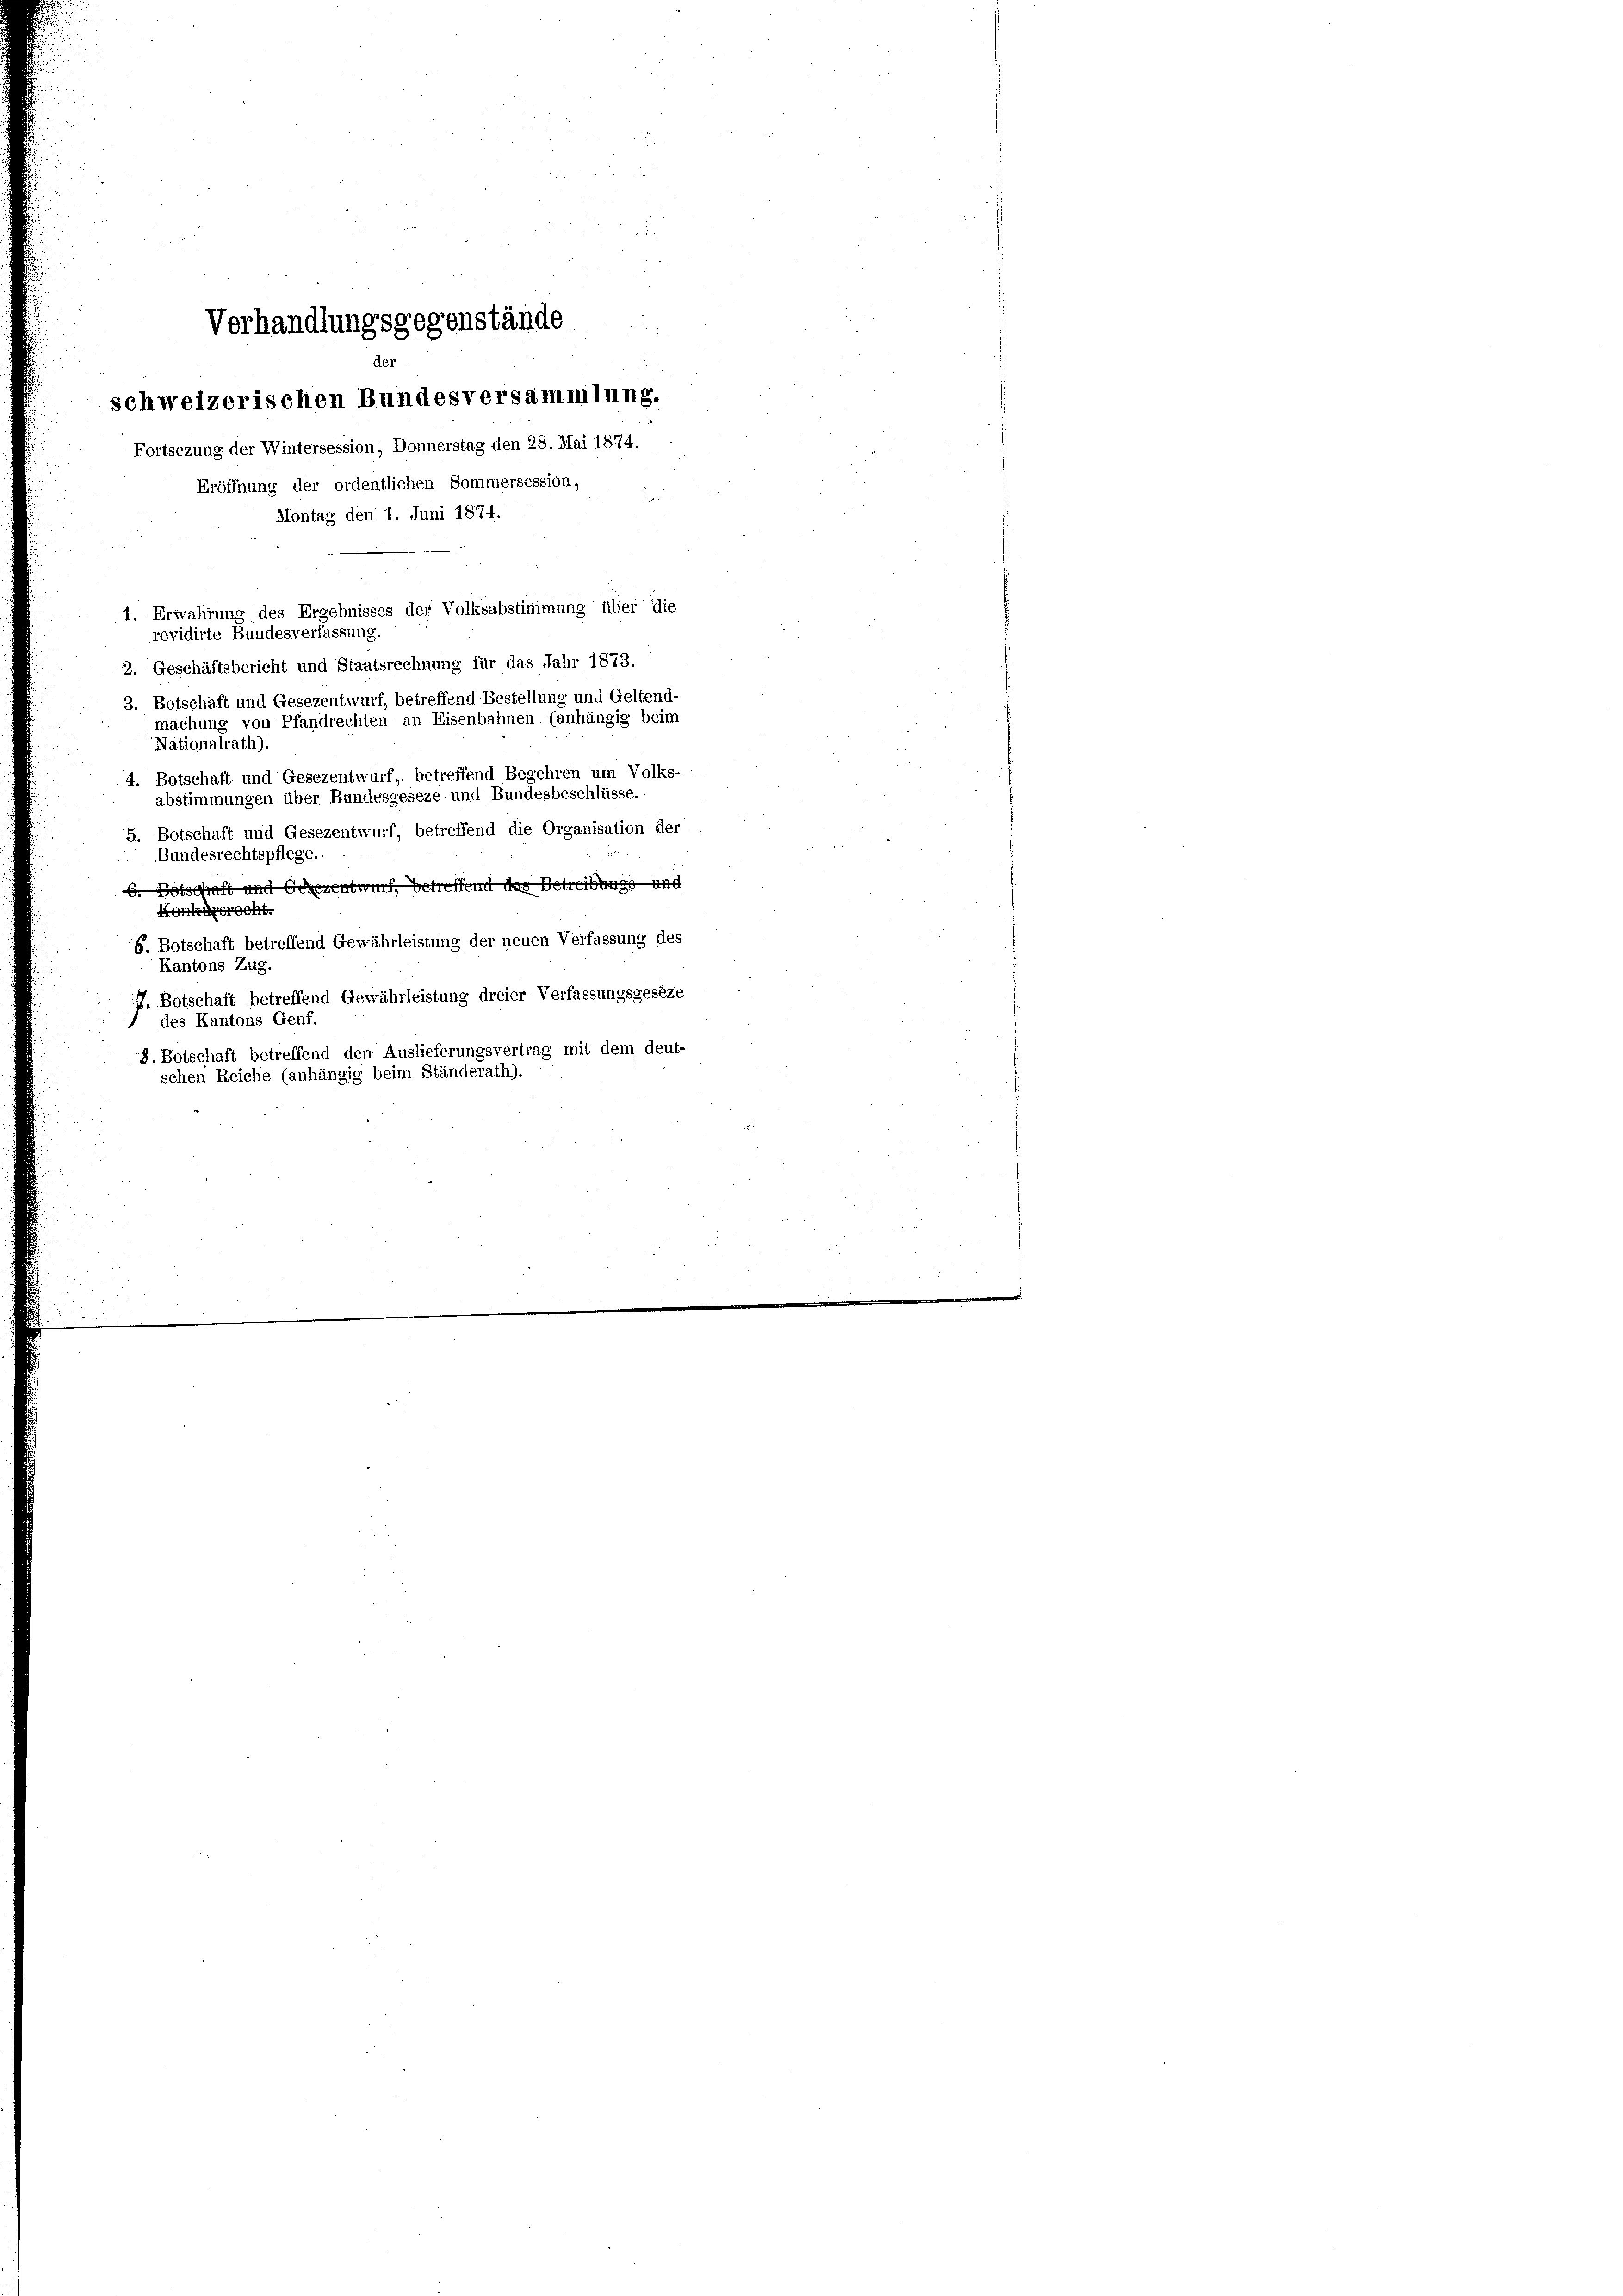
Verhandlungsgegenstände
de
schweizerischen Bundesversammlung.
Fortsezung der Wintersession, Donnerstag den 28. Mai 1874.

Eröffnung der ordentlichen Sommersession,
1. Erwahrung des Ergebnisses der Volksabstimmung über die
revidirte Bundesverfassung.
2. Geschäftsbericht und Staatsrechnung für das Jahr 1873.
3. Botschaft und Gesezentwurf, betreffend Bestellung und Geltend-
machung von Pfandrechten an Eisenbahnen (anhängig beim
Nationalrath).
4. Botschaft und Gesezentwurf, betreffend Begehren um Volks-
abstimmungen über Bundesgeseze und Bundesbeschlüsse.
5. Botschaft und Gesezentwurf, betreffend die Organisation der
Bundesrechtspflege.
b. Botschaft und Gesezentwurf, betreffend das Betreibung und
Konkursrecht.
G. Botschaft betreffend Gewährleistung der neuen Verfassung des
Kantons Zug.
J. Botschaft betreffend Gewährleistung dreier Verfassungsgeseze
des Kantons Genf.
8. Botschaft betreffend den Auslieferungsvertrag mit dem deut-
schen Reiche (anhängig beim Ständerath).

Montag den 1. Juni 1874.